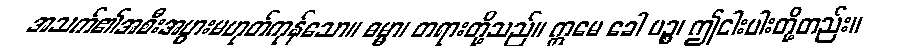
အသက်၏အစီးအပွားမဟုတ်ကုန်သော။ ဓမ္မာ၊ တရားတို့သည်။ ဣမေ ခေါ ပဉ္စ၊ ဤငါးပါးတို့တည်း။